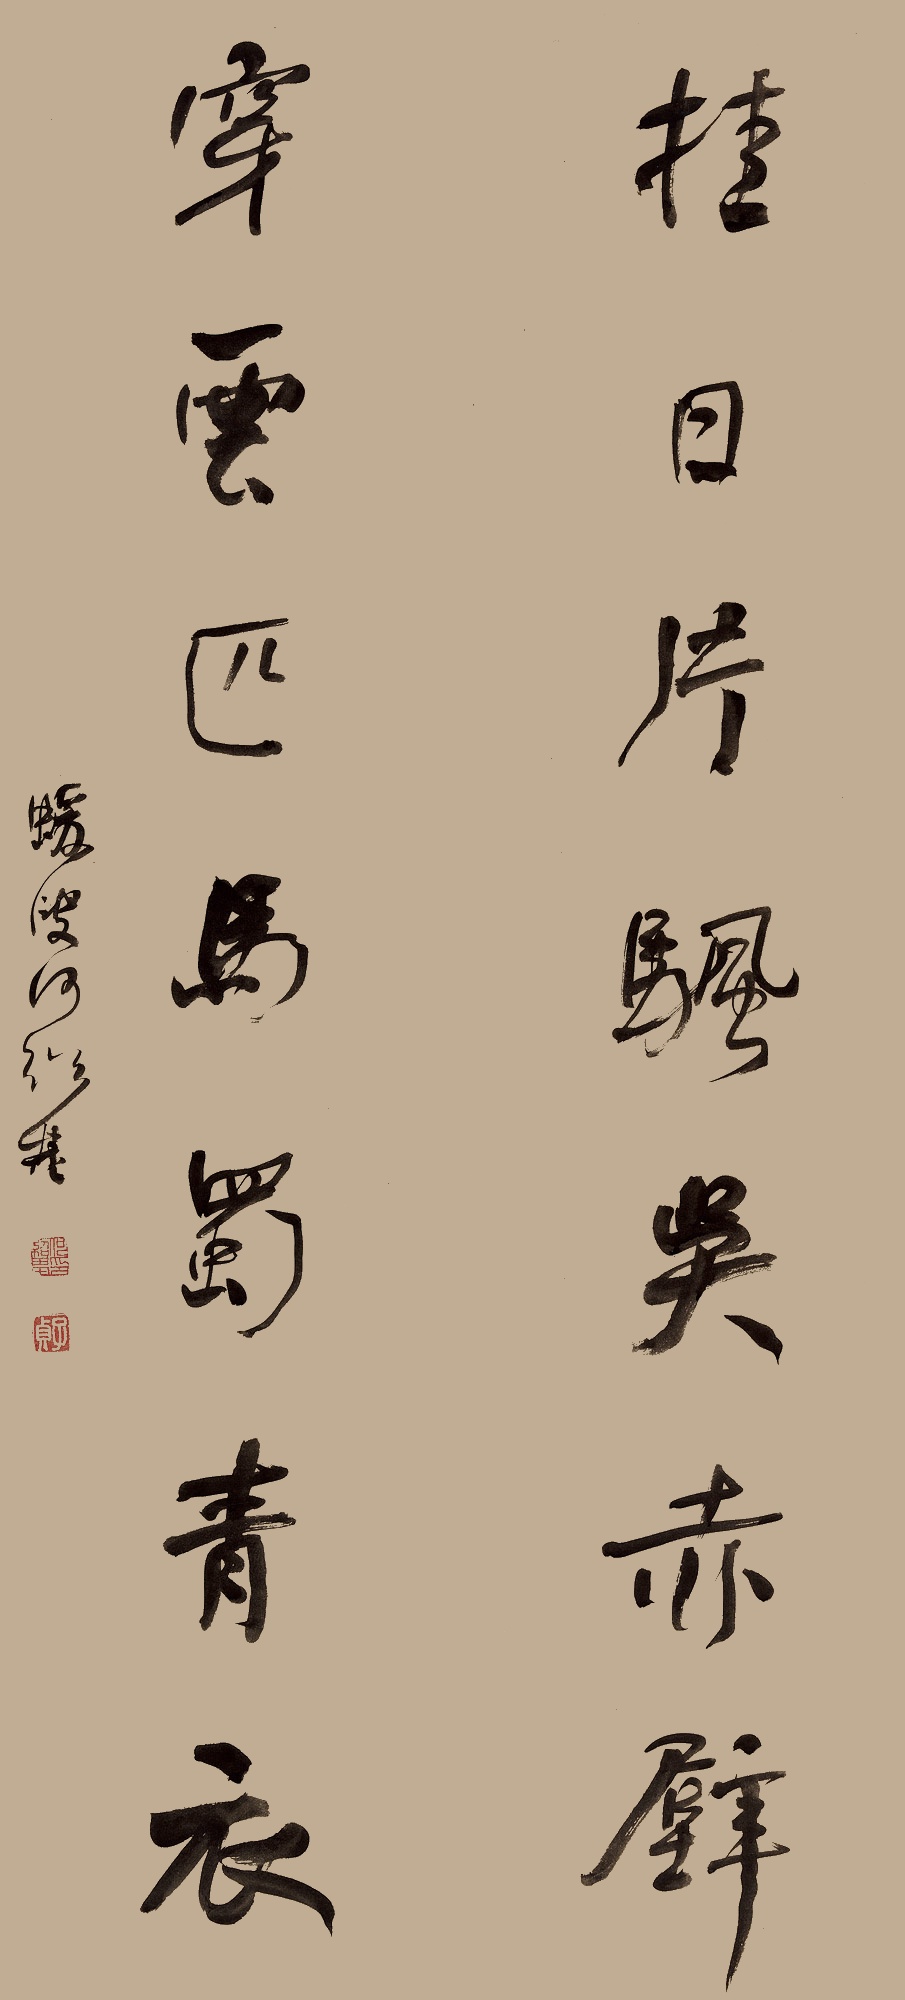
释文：挂日片帆吴赤壁，穿云匹马蜀青衣。蝯叟何绍基。